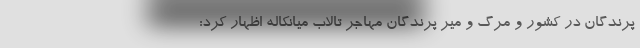
پرندگان در کشور و مرگ و میر پرندگان مهاجر تالاب میانکاله اظهار کرد: